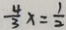
\frac { 4 } { 3 } x = \frac { 1 } { 2 }